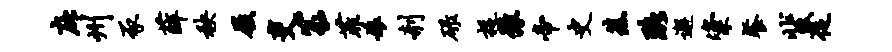
庇州豕薛秧屐吏篆菲娘剞碌捉豫帝史蕉珞邂粢餐蜚促